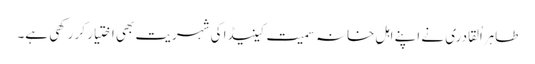
طاہراُلقادری نے اپنے اہلِ خانہ سمیت کینیڈا کی شہریت بھی اختیار کر رکھی ہے۔